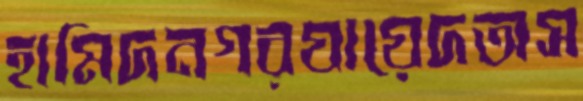
হামিদনগরযায়েদঅস